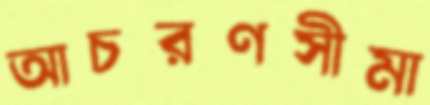
আচরণসীমা